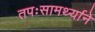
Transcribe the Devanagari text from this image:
तपःसामर्थ्याने